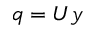
q = U y